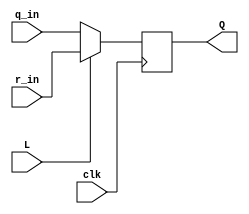
module top_module (
	input clk,
	input L,
	input r_in,
	input q_in,
	output reg Q);
    
    always @(posedge clk)
        begin
          Q <= (L?r_in:q_in); // if L=1, then Q<= r_in or q_in otherwise
        end

endmodule